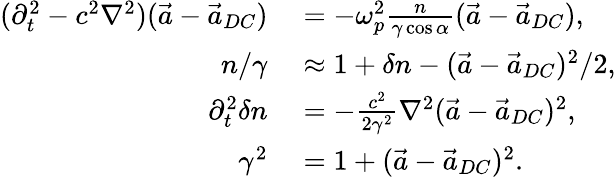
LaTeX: \begin{array}{rl}{(\partial_{t}^{2}-c^{2}\nabla^{2})(\vec{a}-\vec{a}_{DC})}&{{}=-\omega_{p}^{2}\frac{n}{\gamma\cos\alpha}(\vec{a}-\vec{a}_{DC}),}\\ {n/\gamma}&{{}\approx 1+\delta n-(\vec{a}-\vec{a}_{DC})^{2}/2,}\\ {\partial_{t}^{2}\delta n}&{{}=-\frac{c^{2}}{2\gamma^{2}}\nabla^{2}(\vec{a}-\vec{a}_{DC})^{2},}\\ {\gamma^{2}}&{{}=1+(\vec{a}-\vec{a}_{DC})^{2}.}\end{array}